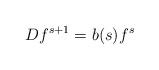
LaTeX: \begin{align*}D f^{s+1} = b(s) f^{s}\end{align*}